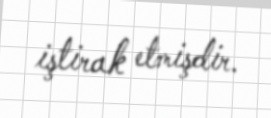
iştirak etmişdir.